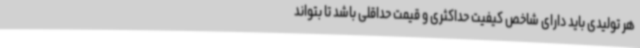
هر تولیدی باید دارای شاخص کیفیت حداکثری و قیمت حداقلی باشد تا بتواند